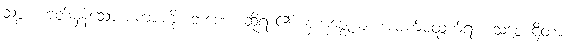
သစ္စံ၊ ဟုတ်မှန်သော စကားကို။ ဘဏေ၊ ဆိုရာ၏။ နကုဇ္ဈေယျ၊ အမျက်မထွက်ရာ။ သစ္စေ ဌိတာ